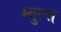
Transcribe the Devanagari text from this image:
म्युल्स